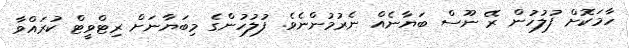
ހާމަކޮށް ފުލުހުން ރޭ ނޫސް ބަޔާނެއް ނެރުމުންނެވެ. ފުލުހުންގެ މިބަޔާނަށް ރިޓްވީޓް ކުރައްވާ